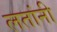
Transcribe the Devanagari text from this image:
लतांनी